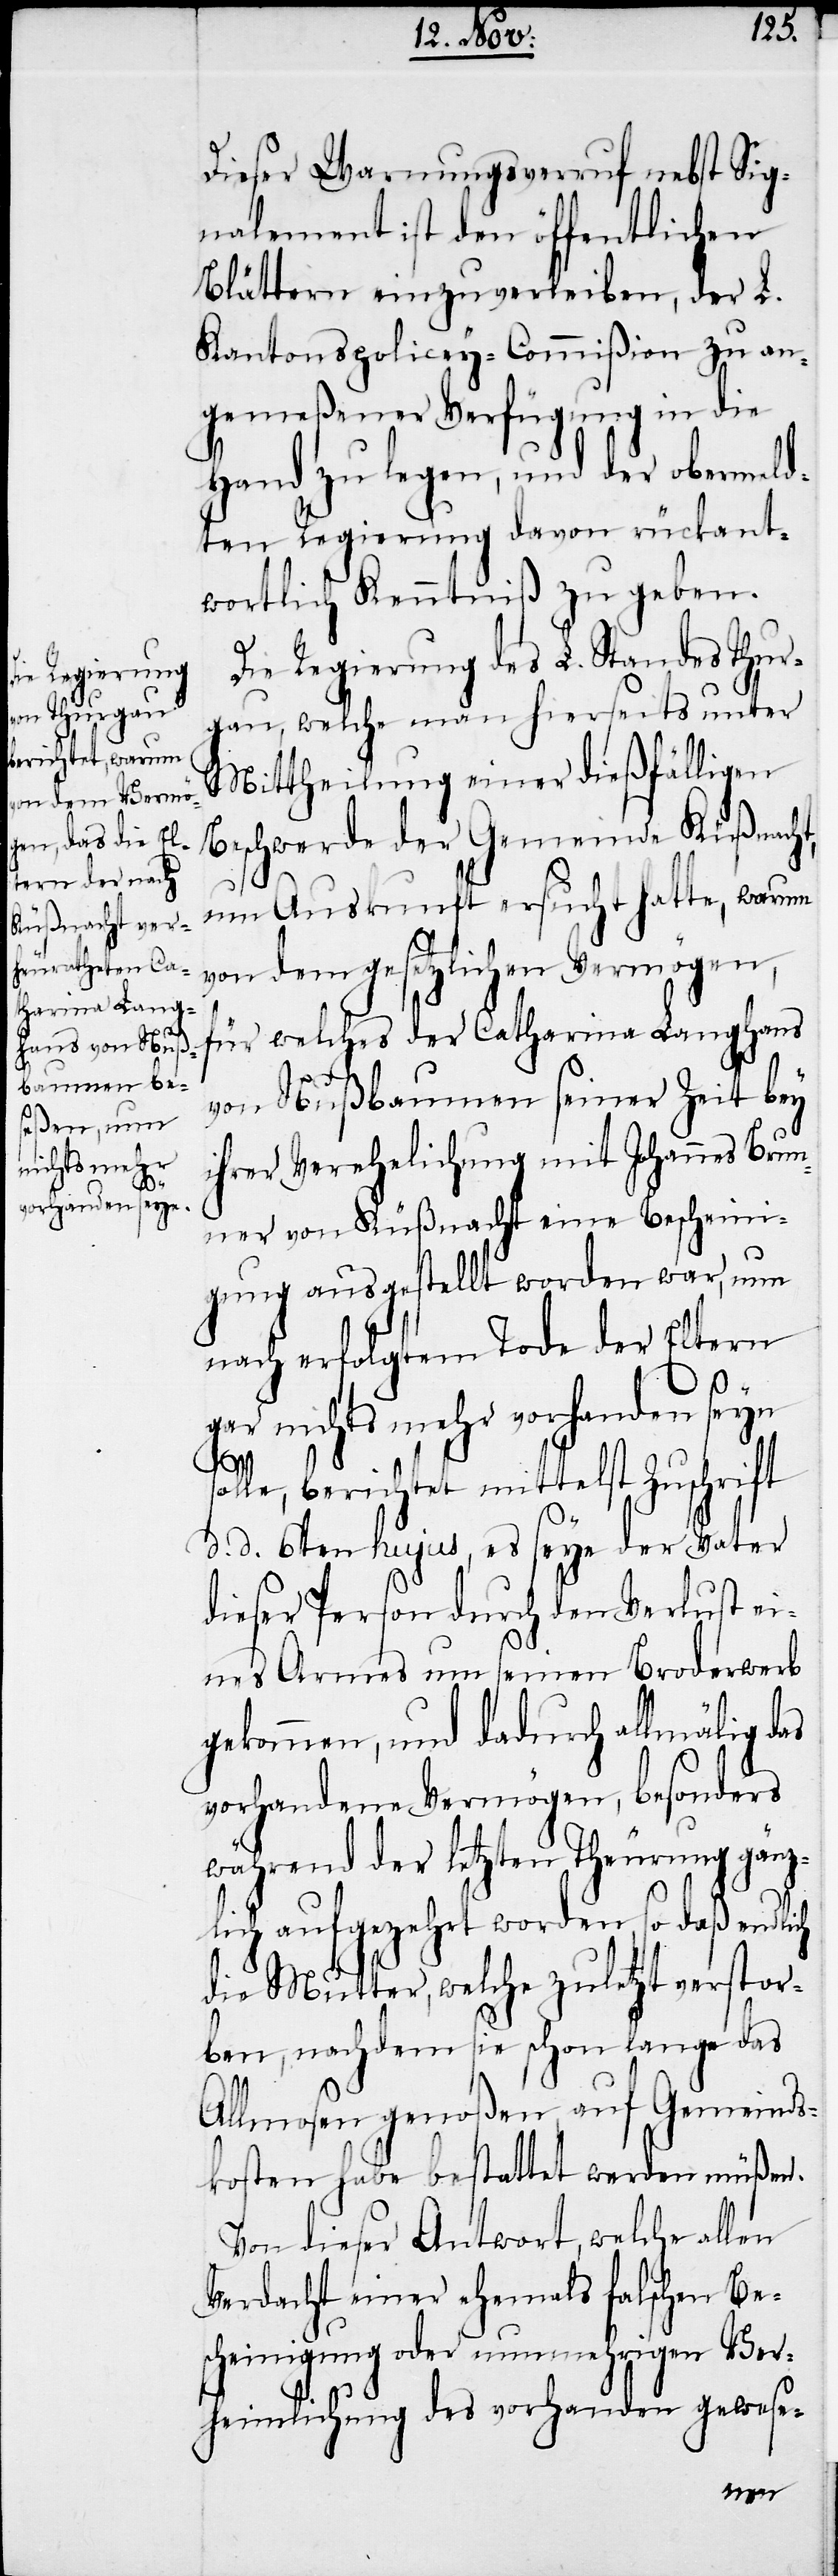
Dieser Warnungsverruf nebst Sig¬
nalement ist den öffentlichen
Blättern einzuverleiben, der L.
Kantonspolicey-Commißion zu an¬
gemeßener Verfügung in die
Hand zu legen, und der obermeld¬
ten Regierung davon rückant¬
wortlich Kenntniß zu geben.
die Regierung des L. Standes Thur¬
gau, welche man hierseits unter
Mittheilung einer dießfälligen
Beschwerde der Gemeinde Küßnacht,
um Auskunft ersucht hatte, warum
von dem gesetzlichen Vermögen,
für welches der Catharina Langhans
von Nußbaumen seiner Zeit bey
ihrer Verehelichung mit Johannes Brun¬
ner von Küßnacht eine Bescheini¬
gung ausgestellt worden war, nun
nach erfolgtem Tode der Eltern
gar nichts mehr vorhanden seyn
so¬
lle, berichtet mittelst Zuschrift
d. d. 6ten hujus, es seye der Vater
dieser Person durch den Verlust ei¬
nes Armes um seinen Broderwerb
gekommen, und dadurch allmälig das
vorhandene Vermögen, besonders
während der letzten Theurung gänz¬
lich aufgezehrt worden, so daß endlich
die Mutter, welche zuletzt verstor¬
ben, nachdem sie schon lange das
Allmosen genoßen, auf Gemeinds¬
kosten habe bestattet werden müßen.
Von dieser Antwort, welche allen
Verdacht einer ehemals falschen Be¬
scheinigung oder nunmehrigen Ver¬
heimlichung des vorhanden gewese-